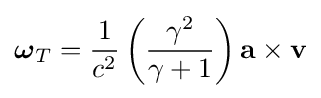
{\boldsymbol {\omega }}_{T}={\frac {1}{c^{2}}}\left({\frac {\gamma ^{2}}{\gamma +1}}\right)\mathbf {a} \times \mathbf {v}